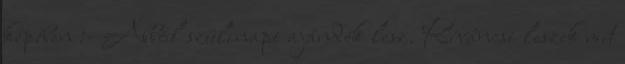
képében :- Abból szülinapi ajándék lesz. Kíváncsi leszek mit